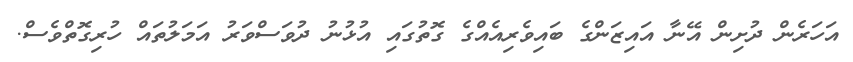
އަހަރެން ދުށިން އޭނާ އައިޒަންގެ ބައިވެރިއެއްގެ ގޮތުގައި އުޅުނު ދުވަސްވަރު އަމަލުތައް ހުރިގޮތްވެސް.